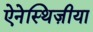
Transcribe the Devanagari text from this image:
ऐनेस्थिज़ीया